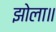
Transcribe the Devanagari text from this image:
झोला॥